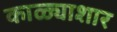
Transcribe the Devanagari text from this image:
काळ्याशार